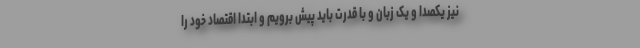
نیز یکصدا و یک زبان و با قدرت باید پیش برویم و ابتدا اقتصاد خود را